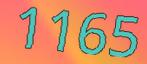
1165